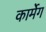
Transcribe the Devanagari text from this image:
कार्मेग